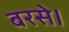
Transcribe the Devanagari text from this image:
बरसे।